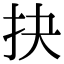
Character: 抉